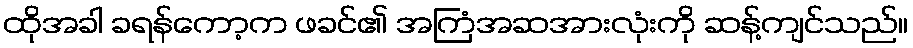
ထိုအခါ ခရန်ကော့က ဖခင်၏ အကြံအဆအားလုံးကို ဆန့်ကျင်သည်။